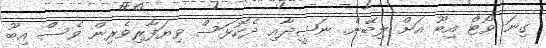
ގިނަ ވޯޓް އިބޫ އަށް ލިބޭނެ. ނަޝީދާއި ދެކޮޅަސް ވިޔަފާރިވެރިން ވެސް އިބޫ